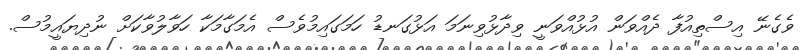
ވެގެނޭ އިސްތިއުފާ ދެއްވަން އުޅުއްވަނީ ވިދާޅުވިނަމަ އަޅުގަނޑު ހަމަގައިމުވެސް އެމަގާމަކާ ހަވާލުވާކަށް ނުދިޔައީމުސް.